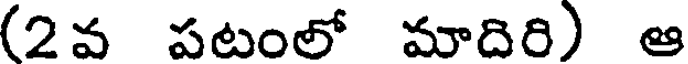
(2వ పటంలో మాదిరి) ఆ